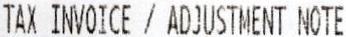
TAX INVOICE / ADJUSTMENT NOTE